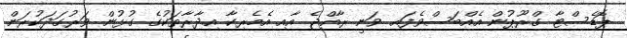
ޕޮޑެސްޓާ ގްރޫޕުން އެއްބަސްވެފައި ވަނީ ރާއްޖެ އާއި އެމެރިކާ އިދާރާތަކުގެ ގުޅުން ވަރުގަދަކުރަން